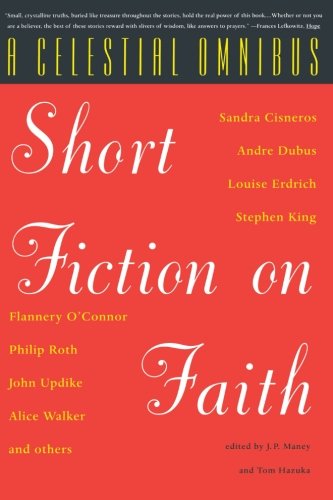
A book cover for A Celestial Omnibus: Short Fiction on Faith; Religion & Spirituality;